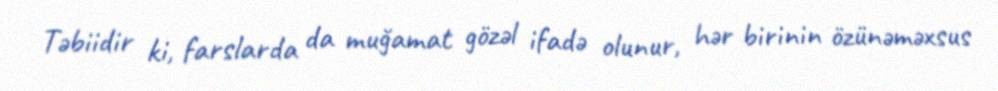
Təbiidir ki, farslarda da muğamat gözəl ifadə olunur, hər birinin özünəməxsus